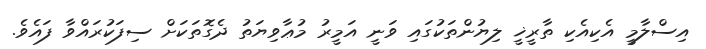
އިސްލާމީ އެކިއެކި ތާރީޚީ ލިޔުންތަކުގައި ވަނީ އަމީރު މުޢާވިޔަތު ދެގޮތަކަށް ސިފަކުރައްވާ ފައެވެ.